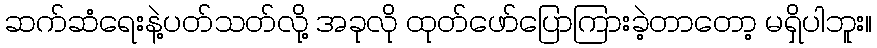
ဆက်ဆံရေးနဲ့ပတ်သတ်လို့ အခုလို ထုတ်ဖော်ပြောကြားခဲ့တာတော့ မရှိပါဘူး။